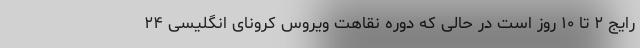
رایج ۲ تا ۱۰ روز است در حالی که دوره نقاهت ویروس کرونای انگلیسی ۲۴